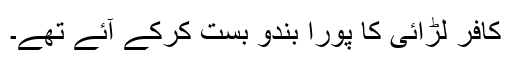
کافر لڑائی کا پورا بندو بست کرکے آئے تھے۔